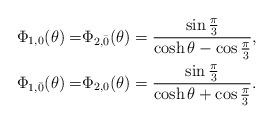
LaTeX: \begin{align*}\Phi_{1,0}(\theta)=& \Phi_{2,\bar{0}}(\theta)=\frac{\sin\frac{\pi}{3} }{\cosh \theta -\cos\frac{\pi}{3}}, \\\Phi_{1,\bar{0}}(\theta)=& \Phi_{2,0}(\theta)=\frac{\sin\frac{\pi}{3} }{\cosh \theta +\cos\frac{\pi}{3}}.\end{align*}